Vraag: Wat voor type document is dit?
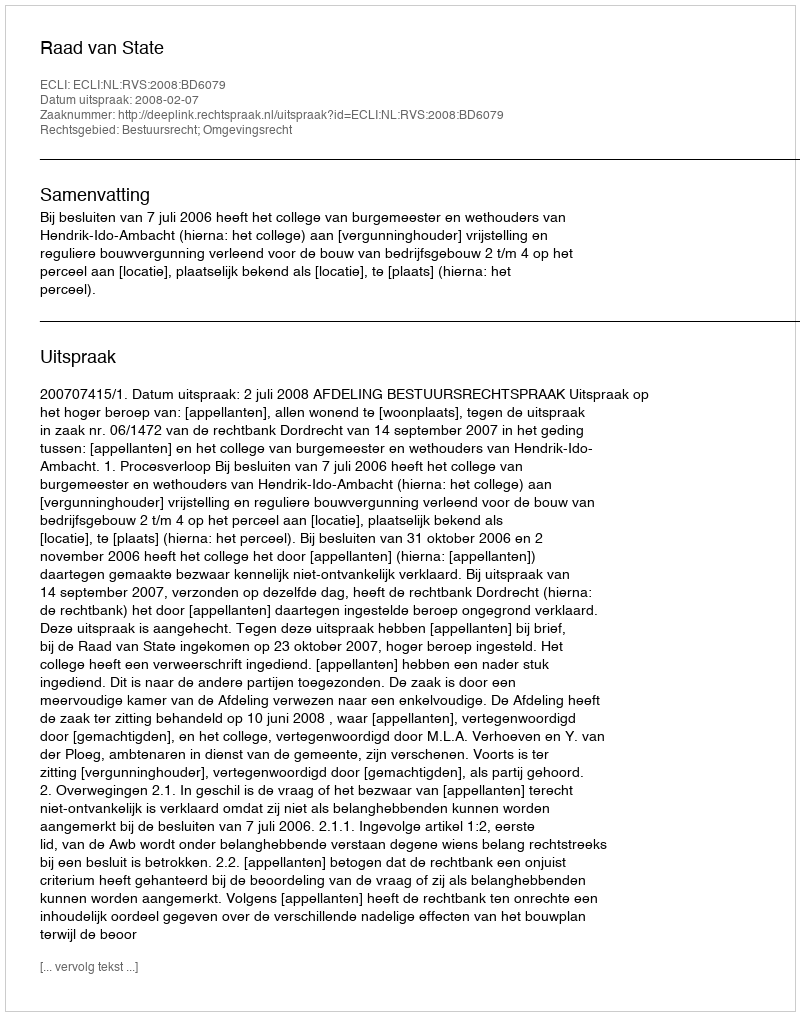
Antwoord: Uitspraak